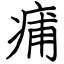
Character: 痡